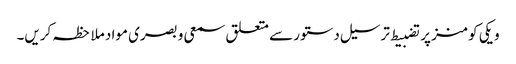
ویکی کومنز پر تضبیط ترسیل دستور سے متعلق سمعی و بصری مواد ملاحظہ کریں۔